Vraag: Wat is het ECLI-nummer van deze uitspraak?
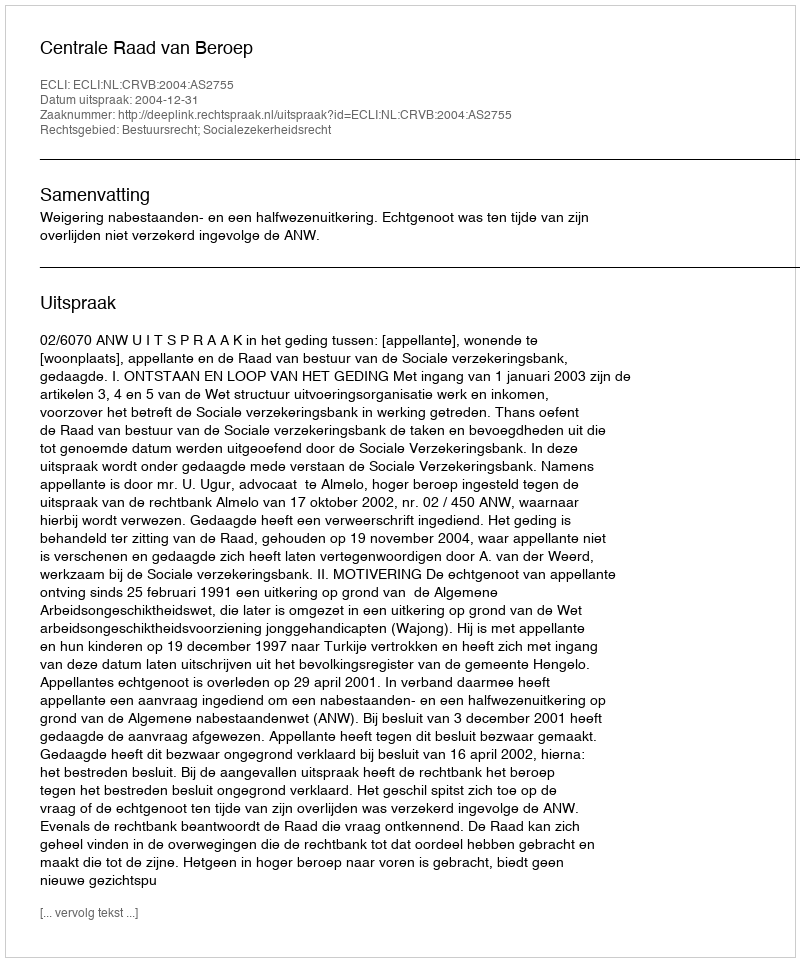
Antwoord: ECLI:NL:CRVB:2004:AS2755